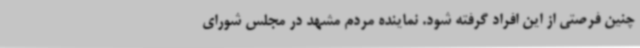
چنین فرصتی از این افراد گرفته شود. نماینده مردم مشهد در مجلس شورای